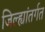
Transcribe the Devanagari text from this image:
जिल्ह्यांतर्गत